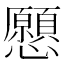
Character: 𢥧